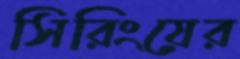
সিরিংয়ের